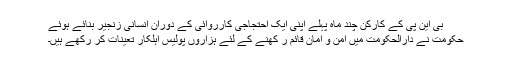
بی این پی کے کارکن چند ماہ پہلے اپنی ایک احتجاجی کارروائی کے دوران انسانی زنجیر بنائے ہوئے
حکومت نے دارالحکومت میں امن و امان قائم ر کھنے کے لئے ہزاروں پولیس اہلکار تعینات کر رکھے ہیں۔